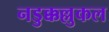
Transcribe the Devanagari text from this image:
नडुक्कल्लुकल